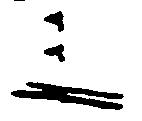
三